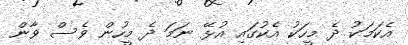
އެކަމަކު ދެ މީހަކު އެކުގައި އުޅޭ ނަމަ ދެ މީހުން ވެސް ވާން